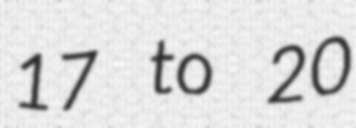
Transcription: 17 to 20